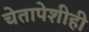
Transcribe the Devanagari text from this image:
चेतापेशीही